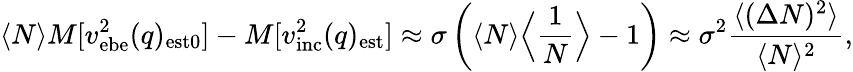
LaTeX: \langle N\rangle M[v_{\mathrm{ebe}}^{2}(q)_{\mathrm{est0}}]-M[v_{\mathrm{inc}}^{2}(q)_{\mathrm{est}}]\approx\sigma\left(\langle N\rangle\Big\langle\frac 1N\Big\rangle-1\right)\approx\sigma^{2}{\frac{\langle(\Delta N)^{2}\rangle}{\langle N\rangle^{2}}},